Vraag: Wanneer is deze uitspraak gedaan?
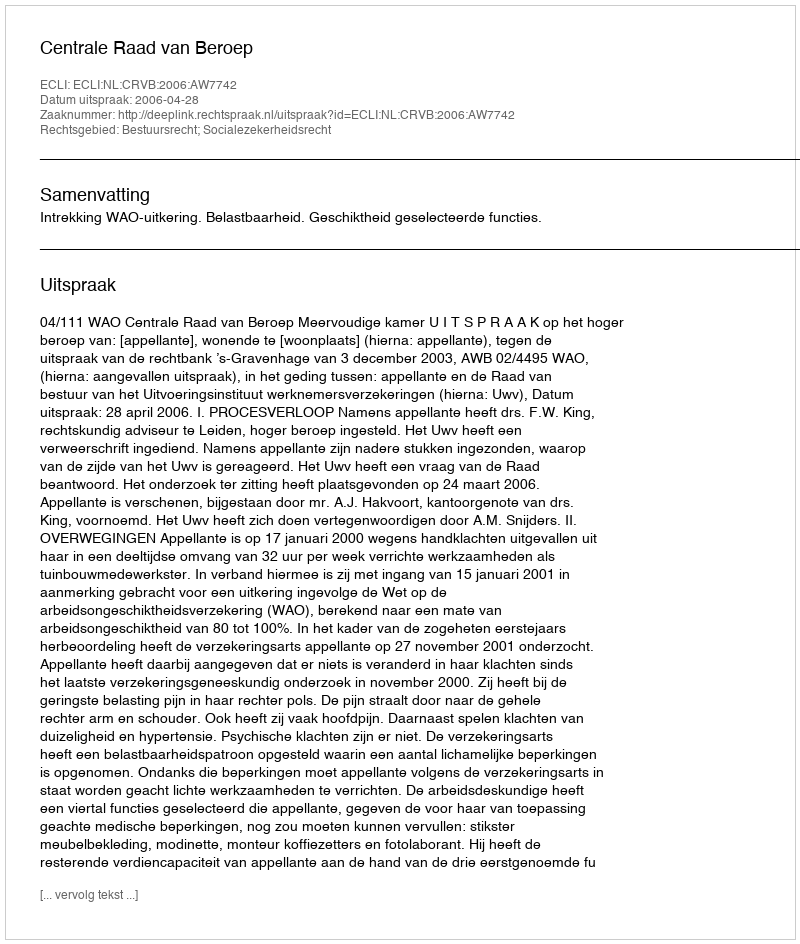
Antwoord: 2006-04-28